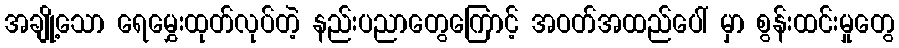
အချို့သော ရေမွှေးထုတ်လုပ်တဲ့ နည်းပညာတွေကြောင့် အဝတ်အထည်ပေါ် မှာ စွန်းထင်းမှုတွေ